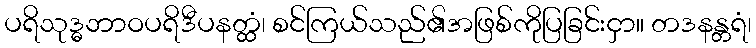
ပရိသုဒ္ဓဘာဝပရိဒီပနတ္ထံ၊ စင်ကြယ်သည်၏အဖြစ်ကိုပြခြင်းငှာ။ တဒနန္တရံ၊